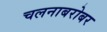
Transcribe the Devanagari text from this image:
चलनाबरोबर